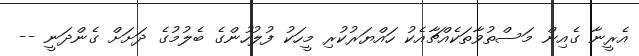
އެރީނާ ގެއިން މަސްތުވާތަކެއްޗާއެކު ހައްޔަރުކުރި މީހަކު ފުލުހުންގެ ބެލުމުގެ ދަށަށް ގެންދަނީ --